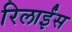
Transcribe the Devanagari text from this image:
रिलाईंस